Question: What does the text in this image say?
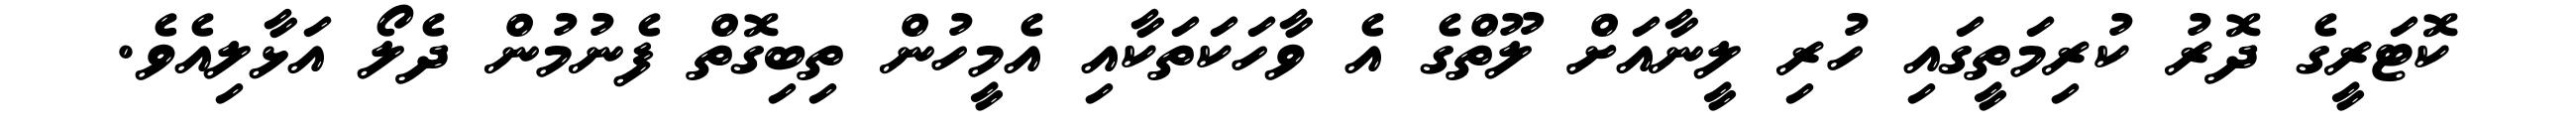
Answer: ކޮޓަރީގެ ދޮރު ކުރިމަތީގައި ހުރި ލީނާއަށް ލޫތްގެ އެ ވާހަކަތަކާއި އެމީހުން ތިބިގޮތް ފެނުމުން ދެލޯ އަޅާލިއެވެ.